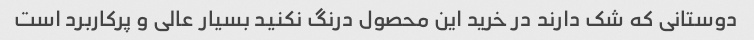
دوستانی که شک دارند در خرید این محصول درنگ نکنید بسیار عالی و پرکاربرد است